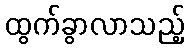
ထွက်ခွာလာသည့်